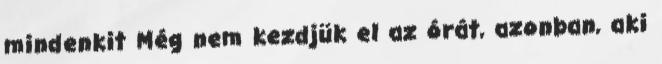
mindenkit Még nem kezdjük el az órát, azonban, aki